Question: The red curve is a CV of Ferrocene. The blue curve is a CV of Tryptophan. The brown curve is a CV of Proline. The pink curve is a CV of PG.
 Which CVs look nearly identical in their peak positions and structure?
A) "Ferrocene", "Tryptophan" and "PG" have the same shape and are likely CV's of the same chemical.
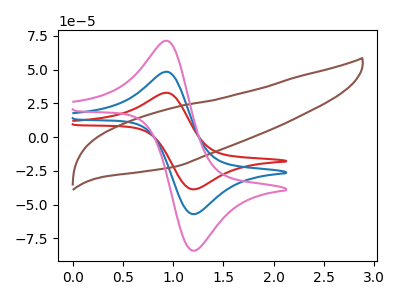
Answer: <think>The red curve "Ferrocene" has an anodic peak at (0.95V, 32.75uA) and a cathodic peak at (1.20V, -38.70uA). The blue curve "Tryptophan" has an anodic peak at (0.95V, 48.30uA) and a cathodic peak at (1.20V, -57.05uA). The brown curve "Proline" has no peaks. The pink curve "PG" has an anodic peak at (0.95V, 96.55uA) and a cathodic peak at (1.20V, -114.10uA).
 All the peaks in "Ferrocene" have a peak in "Tryptophan" at the same potential. Every peak in "Ferrocene" is lower than every peak in "Tryptophan". "Ferrocene" and "Proline" have a different number of peaks. All the peaks in "Ferrocene" have a peak in "PG" at the same potential. Every peak in "Ferrocene" is lower than every peak in "PG". "Tryptophan" and "Proline" have a different number of peaks. All the peaks in "Tryptophan" have a peak in "PG" at the same potential. Every peak in "Tryptophan" is lower than every peak in "PG". "Proline" and "PG" have a different number of peaks.</think>
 <answer>A) "Ferrocene", "Tryptophan" and "PG" have the same shape and are likely CV's of the same chemical.</answer>
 <eval>A</eval>